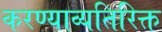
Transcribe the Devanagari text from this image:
करण्याव्यतिरिक्त